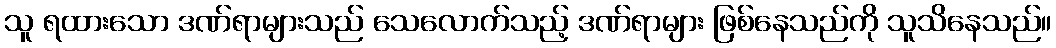
သူ ရထားသော ဒဏ်ရာများသည် သေလောက်သည့် ဒဏ်ရာများ ဖြစ်နေသည်ကို သူသိနေသည်။